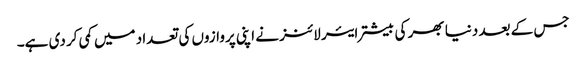
جس کے بعد دنیا بھر کی بیشتر ایئر لائنز نے اپنی پروازوں کی تعداد میں کمی کر دی ہے۔